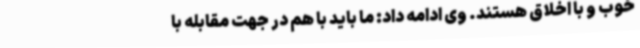
خوب و با اخلاق هستند. وی ادامه داد: ما باید با هم در جهت مقابله با